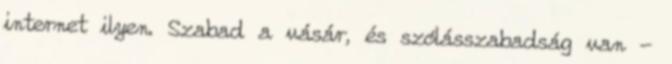
internet ilyen. Szabad a vásár, és szólásszabadság van -